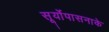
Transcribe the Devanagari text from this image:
सूर्योपासनाके